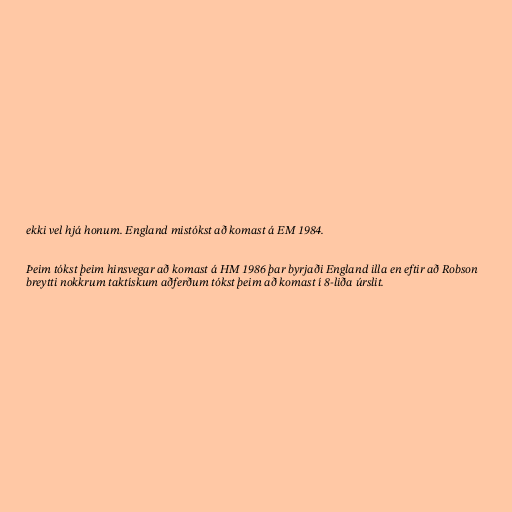
ekki vel hjá honum. England mistókst að komast á EM 1984.

Þeim tókst þeim hinsvegar að komast á HM 1986 þar byrjaði England illa en eftir að Robson
breytti nokkrum taktískum aðferðum tókst þeim að komast í 8-liða úrslit.